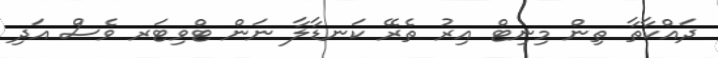
ދައްކާތާ ތިން މިނިޓް އިރު ތެރޭ ކަނޑާލާ ނަން ޓްވިޓަރ ވެސް އަދި